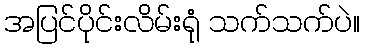
အပြင်ပိုင်းလိမ်းရုံ သက်သက်ပဲ။